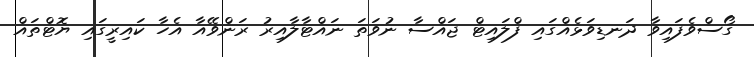
ގޯސްވެފައިވާ ދަނޑިވަޅެއްގައި ފްލައިޓް ޖައްސާ ނުވަތަ ނައްޓާލާއިރު ރަންވޭއާ އެހާ ކައިރީގައި ޔޮޓްތައް